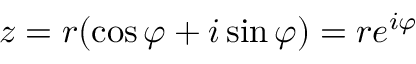
z = r ( \cos \varphi + i \sin \varphi ) = r e ^ { i \varphi }